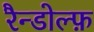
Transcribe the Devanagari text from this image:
रैन्डोल्फ़